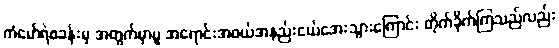
ကံမော်ရဲစခန်းမှ အတွက်မှာမူ အရောင်းအဝယ်အနည်းငယ်အေးသွားကြောင်း တိုက်ခိုက်ကြသည်လည်း